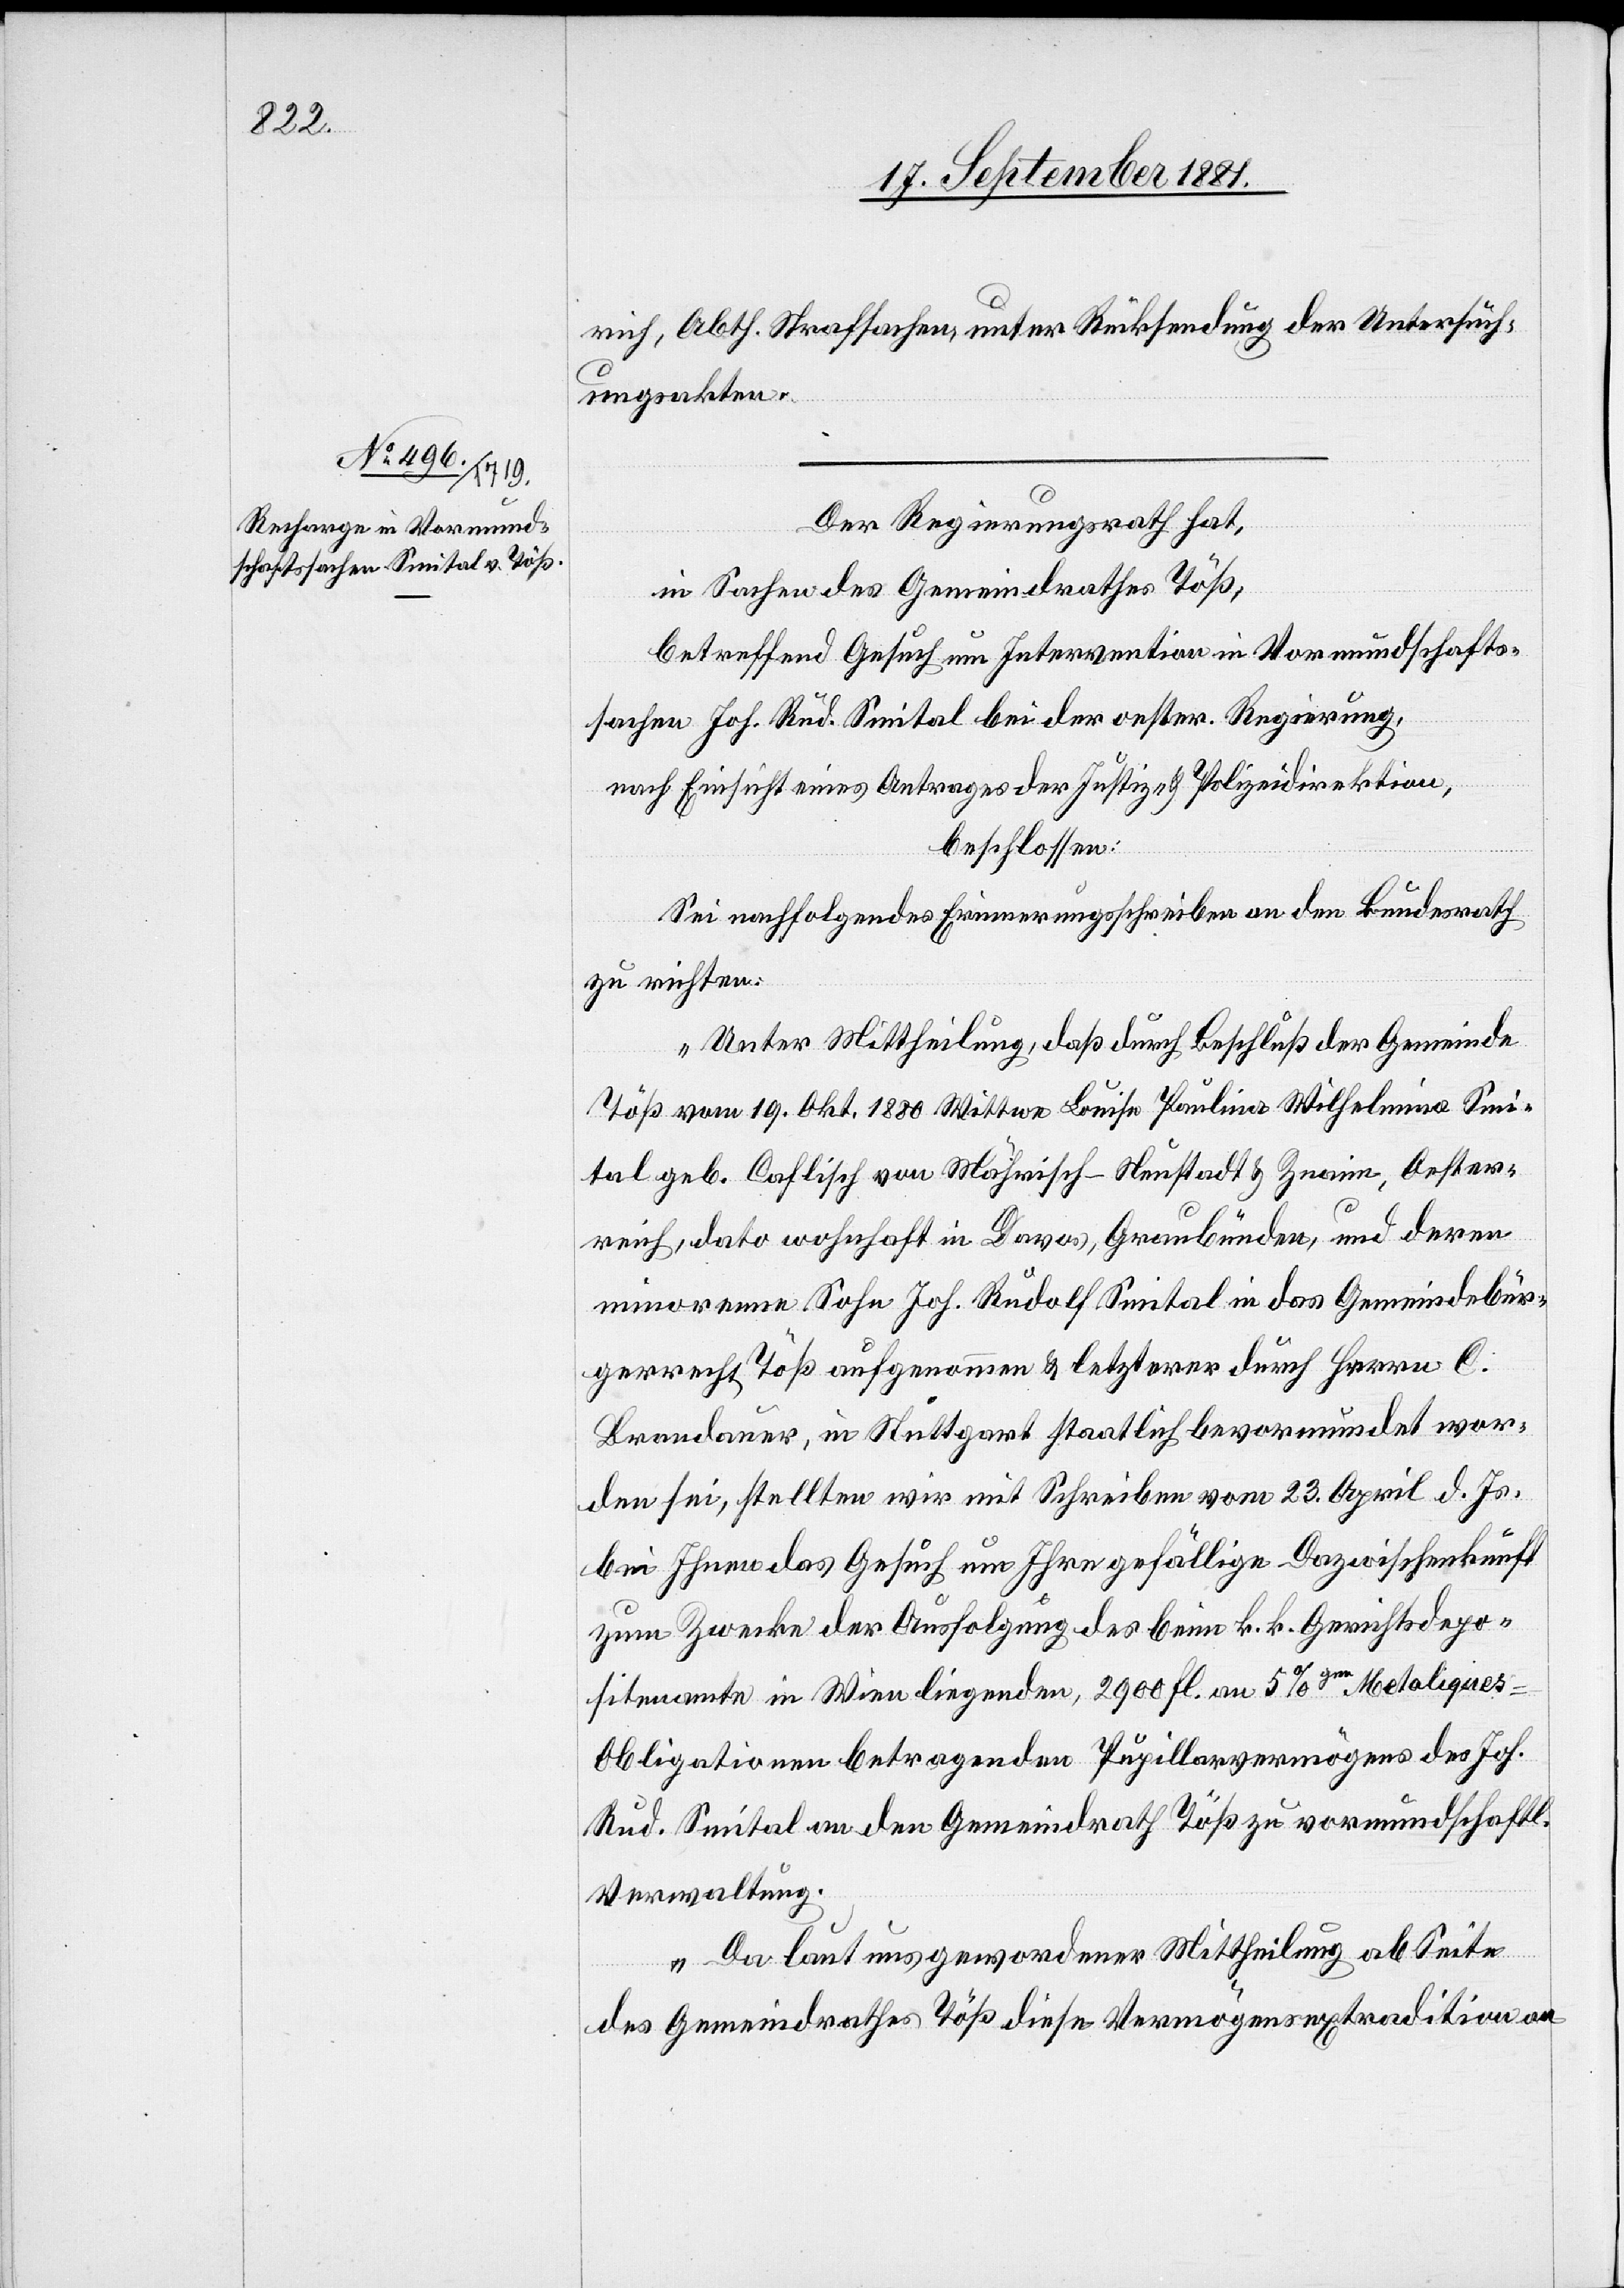
rich, Abth. Strafsachen, unter Rücksendung der Untersuch¬
ungsakten.
Der Regierungsrath hat,
in Sachen des Gemeindrathes Töß,
betreffend Gesuch um Intervention in Vormundschafts¬
sachen Joh. Rud. Seital bei der oester. Regierung,
nach Einsicht eines Antrages der Justiz- & Polizeidirektion,
beschlossen:
Sei nachfolgendes Erinnerungsschreiben an den Bundesrath
zu richten:
„Unter Mittheilung, daß durch Beschluß der Gemeinde
Töß vom 19. Okt. 1880 Wittwe Louise Pauline Wilhelmina Sei¬
tal geb. Caflisch von Mährisch - Neistadt & Zenaim, Oester¬
reich, dato wohnhaft in Davos, Graubünden, und deren
minorenne Sohn Joh. Rudolf Seital in das Gemeindebür¬
gerrecht Töß aufgenommen & letzterer durch Herrn C.
Brandauer, in Stuttgart staatlich bevormundet wor¬
den sei, stellten wir mit Schreiben vom 23. April d. Js.
bei Ihnen das Gesuch um Ihre gefällige Dazwischenkunft
zum Zwecke der Ausfolgung des bei k. k. Gerichtsdepo¬
sitenamte in Wien liegenden, 2900 Fl. an 5%gen Mealique¬
s-Obligationen betragenden Pupillarvermögens des Joh.
Rud. Seital an den Gemeindrath Töß zu vormundschaftl.
Verwaltung.
„Da laut uns gewordener Mittheilung ab Seite
des Gemeindrathes Töß diese Vermögensextradition an